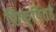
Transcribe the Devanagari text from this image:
शिक्षितहै